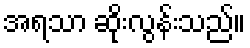
အရသာ ဆိုးလွန်းသည်။